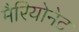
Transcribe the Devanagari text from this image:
मैरियोनेट